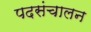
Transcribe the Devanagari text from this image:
पदसंचालन